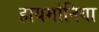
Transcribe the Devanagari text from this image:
हायमोनिया